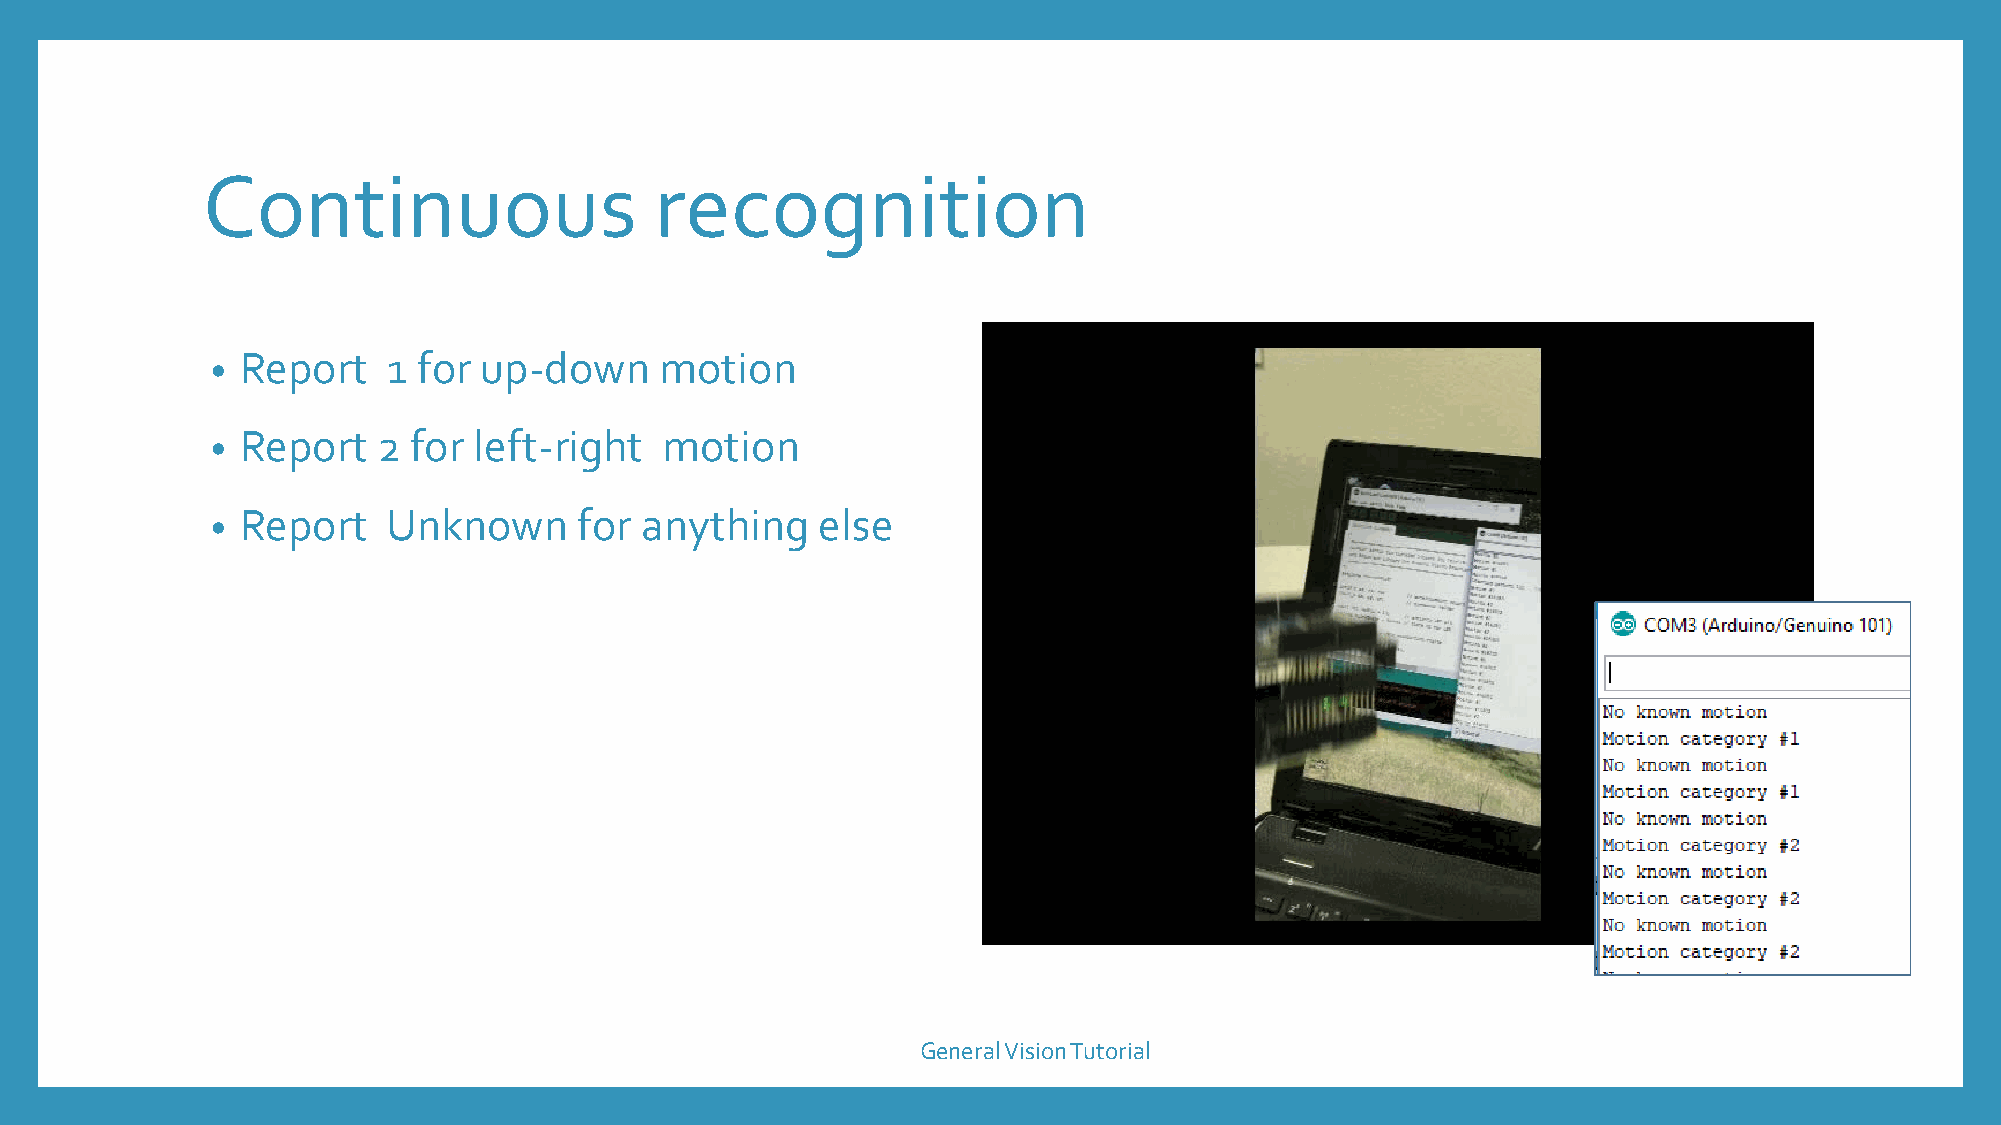
Continuous                    recognition
 Report    1 for up-down     motion
 •
 Report   2 for left-right   motion
 •
 Report    Unknown     for anything    else
 •
 General Vision Tutorial